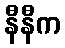
နီနီက